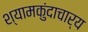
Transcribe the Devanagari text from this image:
श्यामकुंदाचार्य